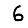
Digit: 6